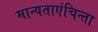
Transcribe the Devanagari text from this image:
मान्यताएंचिन्ता